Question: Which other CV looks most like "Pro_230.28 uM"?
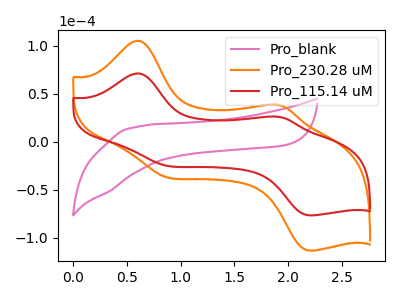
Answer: <think>The pink curve "Pro_blank" has no peaks. The orange curve "Pro_230.28 uM" has anodic peaks at (0.60V, 105.20uA) (1.90V, 38.70uA) and cathodic peaks at (0.85V, -35.95uA) (2.20V, -113.30uA). The red curve "Pro_115.14 uM" has anodic peaks at (0.60V, 71.10uA) (1.90V, 26.15uA) and cathodic peaks at (0.85V, -24.30uA) (2.20V, -76.60uA).
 "Pro_blank" and "Pro_230.28 uM" have a different number of peaks. "Pro_blank" and "Pro_115.14 uM" have a different number of peaks. All the peaks in "Pro_230.28 uM" have a peak in "Pro_115.14 uM" at the same potential. Every peak in "Pro_230.28 uM" is higher than every peak in "Pro_115.14 uM".</think>
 <answer>The CV with the most similar shape to "Pro_115.14 uM" is "Pro_230.28 uM".</answer>
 <eval>"Pro_230.28 uM"</eval>